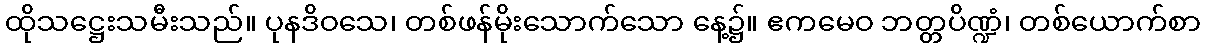
ထိုသဋ္ဌေးသမီးသည်။ ပုနဒိဝသေ၊ တစ်ဖန်မိုးသောက်သော နေ့၌။ ဧကမေဝ ဘတ္တပိဏ္ဍံ၊ တစ်ယောက်စာ